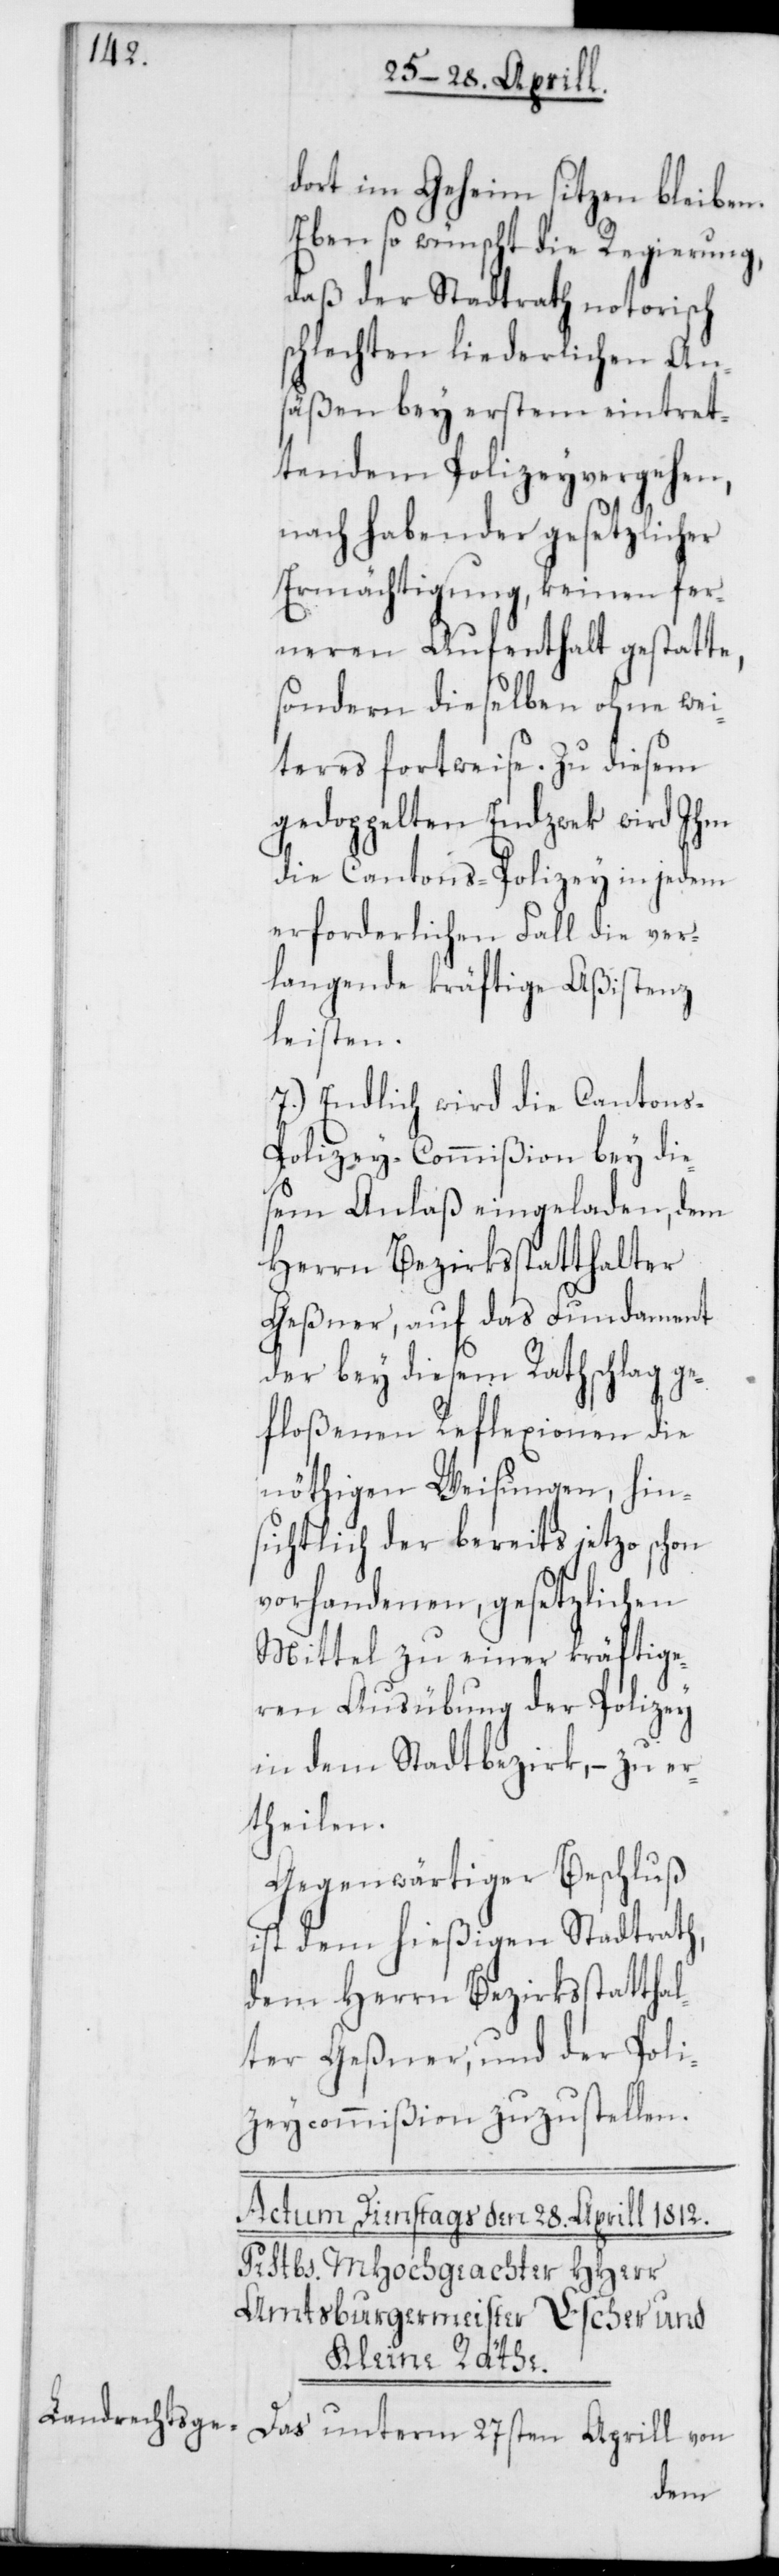
Eben so wünscht die Regierung,
daß der Stadtrat notorisch
schlechten liederlichen An¬
säßen bey erstem eintret¬
tendem Polizeyvergehen,
nach habender gesetzlicher
Ermächtigung, keinen fer¬
neren Aufenthalt gestatte,
sondern dieselben ohne wei¬
teres fortweise. Zu diesem
gedoppelten Endzwek wird Ihm
die Cantons-Polizey in jedem
erforderlichen Fall die ver¬
langende kräftige Aßistenz
leisten.
7.) Endlich wird die Canton¬
s-Polizey-Commißion bey die¬
sem Anlaß eingeladen, dem
Herrn Bezirksstatthalter
Geßner, auf das Fundament
der bey diesem Rathschlag ge¬
floßenen Reflexionen die
nöthigen Weisungen, hin¬
sichtlich der bereits jetzo schon
vorhandenen, gesetzlichen
Mittel zu einer kräftige¬
ren Ausübung der Polizey
in dem Stadtbezirk, – zu er¬
theilen.
Gegenwärtiger Beschluß
ist dem hießigen Stadtrath,
dem Herrn Bezirksstattha¬
lter Geßner und der Poli¬
zeycommißion zuzustellen.
Das unterm 27sten Aprill von